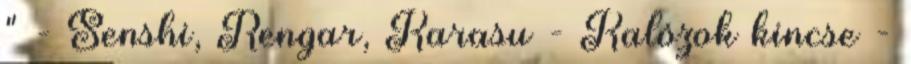
" - Senshi, Rengar, Karasu - Kalózok kincse -